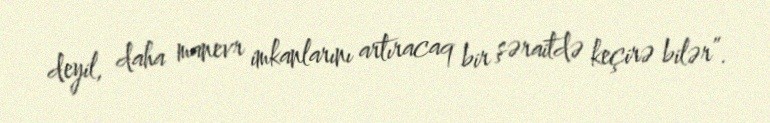
deyil, daha manevr imkanlarını artıracaq bir şəraitdə keçirə bilər”.